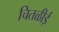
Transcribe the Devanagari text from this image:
चितळीई